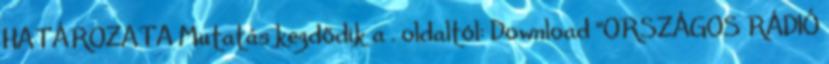
HATÁROZATA Mutatás kezdődik a . oldaltól: Download "ORSZÁGOS RÁDIÓ